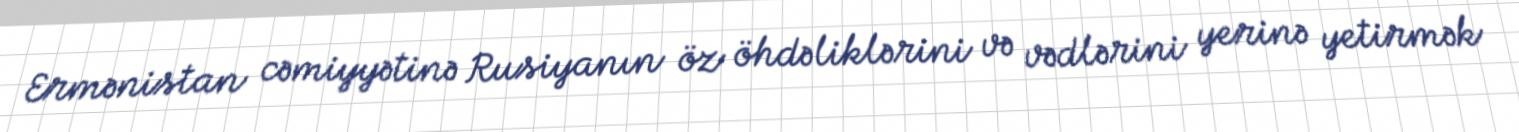
Ermənistan cəmiyyətinə Rusiyanın öz öhdəliklərini və vədlərini yerinə yetirmək